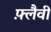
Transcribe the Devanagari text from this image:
फ़्लैवी